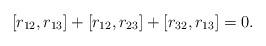
LaTeX: \begin{align*}[r_{12},r_{13}]+[r_{12},r_{23}]+[r_{32},r_{13}]=0.\end{align*}